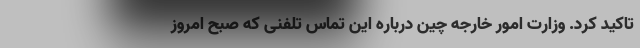
تاکید کرد. وزارت امور خارجه چین درباره این تماس تلفنی که صبح امروز